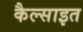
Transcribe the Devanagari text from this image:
कैल्साइत